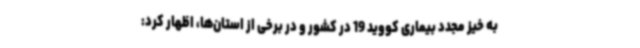
به خیز مجدد بیماری کووید 19 در کشور و در برخی از استان‌ها، اظهار کرد: